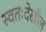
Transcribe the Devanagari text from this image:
स्वतःदेखील